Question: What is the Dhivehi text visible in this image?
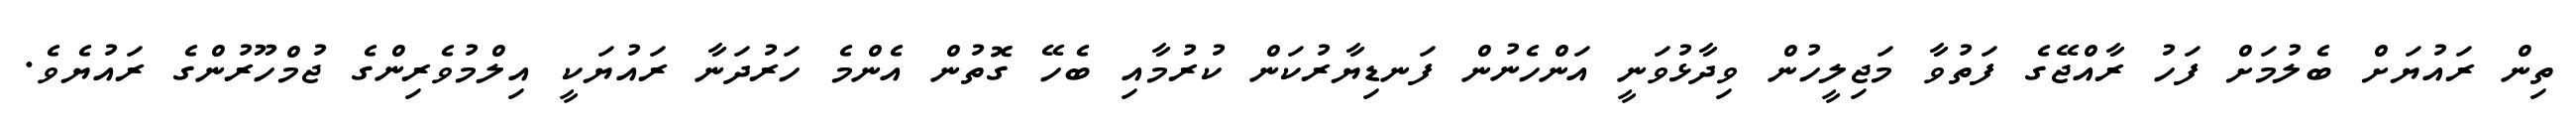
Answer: ތިން ރައުޔަށް ބެލުމަށް ފަހު ރާއްޖޭގެ ފަތުވާ މަޖިލީހުން ވިދާޅުވަނީ އަންހެނުން ފަނޑިޔާރުކަން ކުރުމާއި ބެހޭ ގޮތުން އެންމެ ހަރުދަނާ ރައުޔަކީ އިލްމުވެރިންގެ ޖުމްހޫރުންގެ ރައުޔެވެ.